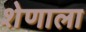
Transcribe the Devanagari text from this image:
शेणाला